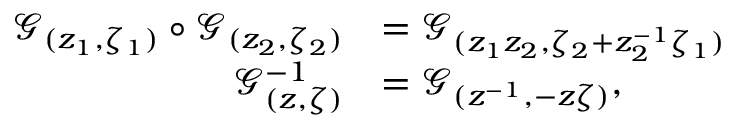
\begin{array} { r l } { \mathcal { G } _ { ( z _ { 1 } , \zeta _ { 1 } ) } \circ \mathcal { G } _ { ( z _ { 2 } , \zeta _ { 2 } ) } } & { = \mathcal { G } _ { ( z _ { 1 } z _ { 2 } , \zeta _ { 2 } + z _ { 2 } ^ { - 1 } \zeta _ { 1 } ) } } \\ { \mathcal { G } _ { ( z , \zeta ) } ^ { - 1 } } & { = \mathcal { G } _ { ( z ^ { - 1 } , - z \zeta ) } , } \end{array}